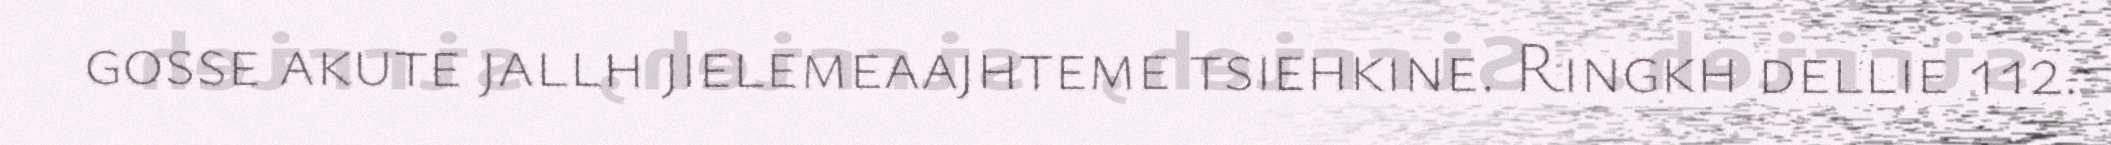
gosse akute jallh jielemeaajhteme tsiehkine. Ringkh dellie 112.